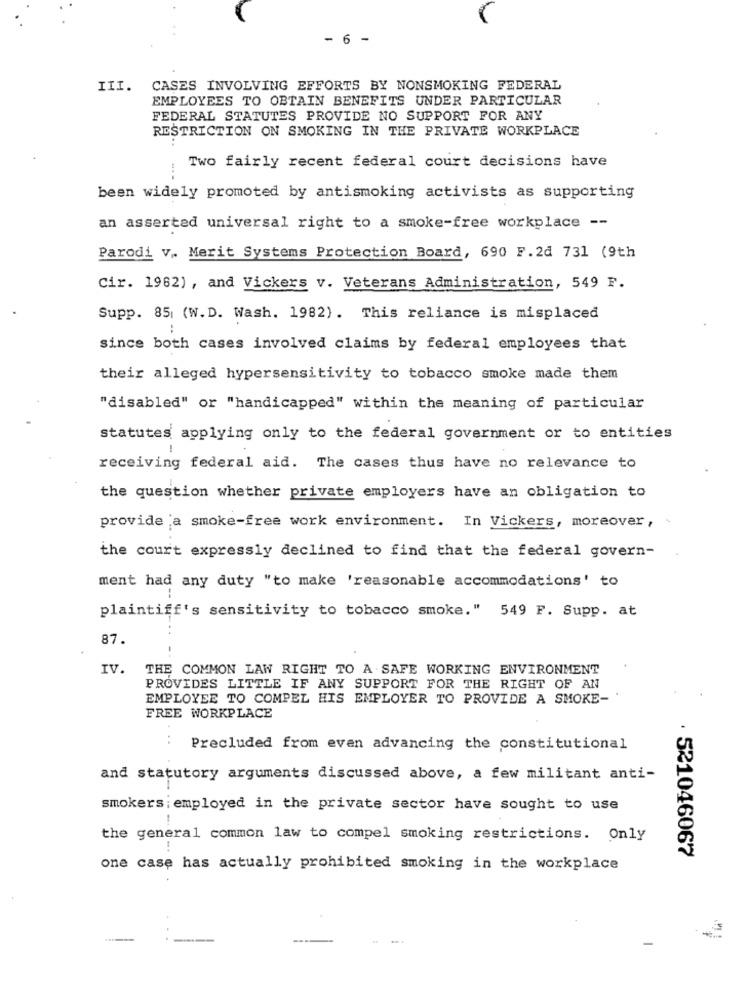
- 6 -
III.
CASES INVOLVING EFFORTS BY NONSMOKING FEDERAL
EMPLOYEES TO OBTAIN BENEFITS UNDER PARTICULAR
FEDERAL STATUTES PROVIDE NO SUPPORT FOR ANY
RESTRICTION ON SMOKING IN THE PRIVATE WORKPLACE
Two fairly recent federal court decisions have
been widely promoted by antismoking activists as supporting
an asserted universal right to a smoke-free workplace --
Parodi v .. Merit Systems Protection Board, 690 F. 2d 731 (9th
Cir. 1982) , and Vickers v. Veterans Administration, 549 F.
Supp. 851 (W.D. Wash. 1982). This reliance is misplaced
..
since both cases involved claims by federal employees that
their alleged hypersensitivity to tobacco smoke made them
"disabled" or "handicapped" within the meaning of particular
statutes applying only to the federal government or to entities
-
receiving federal aid. The cases thus have no relevance to
the question whether private employers have an obligation to
provide a smoke-free work environment. In Vickers, moreover,
the court expressly declined to find that the federal govern-
ment had any duty "to make 'reasonable accommodations' to
--
plaintiff's sensitivity to tobacco smoke." 549 F. Supp. at
87.
IV.
THE COMMON LAW RIGHT TO A SAFE WORKING ENVIRONMENT
PROVIDES LITTLE IF ANY SUPPORT FOR THE RIGHT OF AN
EMPLOYEE TO COMPEL HIS EMPLOYER TO PROVIDE A SMOKE-
FREE WORKPLACE
Precluded from even advancing the constitutional
and statutory arguments discussed above, a few militant anti-
smokers ; employed in the private sector have sought to use
the general common law to compel smoking restrictions. Only
· 521046067
one case has actually prohibited smoking in the workplace